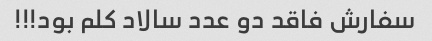
سفارش فاقد دو عدد سالاد کلم بود!!!